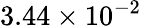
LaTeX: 3.44\times 10^{-2}